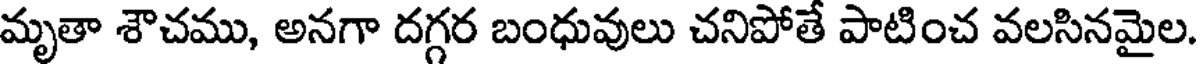
మృతా శౌచము, అనగా దగ్గర బంధువులు చనిపోతే పాటించ వలసినమైల